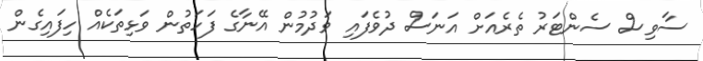
ސާވިސް ސެންޓަރު ތެރެއަށް އަނަސް ދުވެފައި ވަދުމުން އޭނާގެ ފަހަތުން ވަޅިތަކެއް ހިފައިގެން